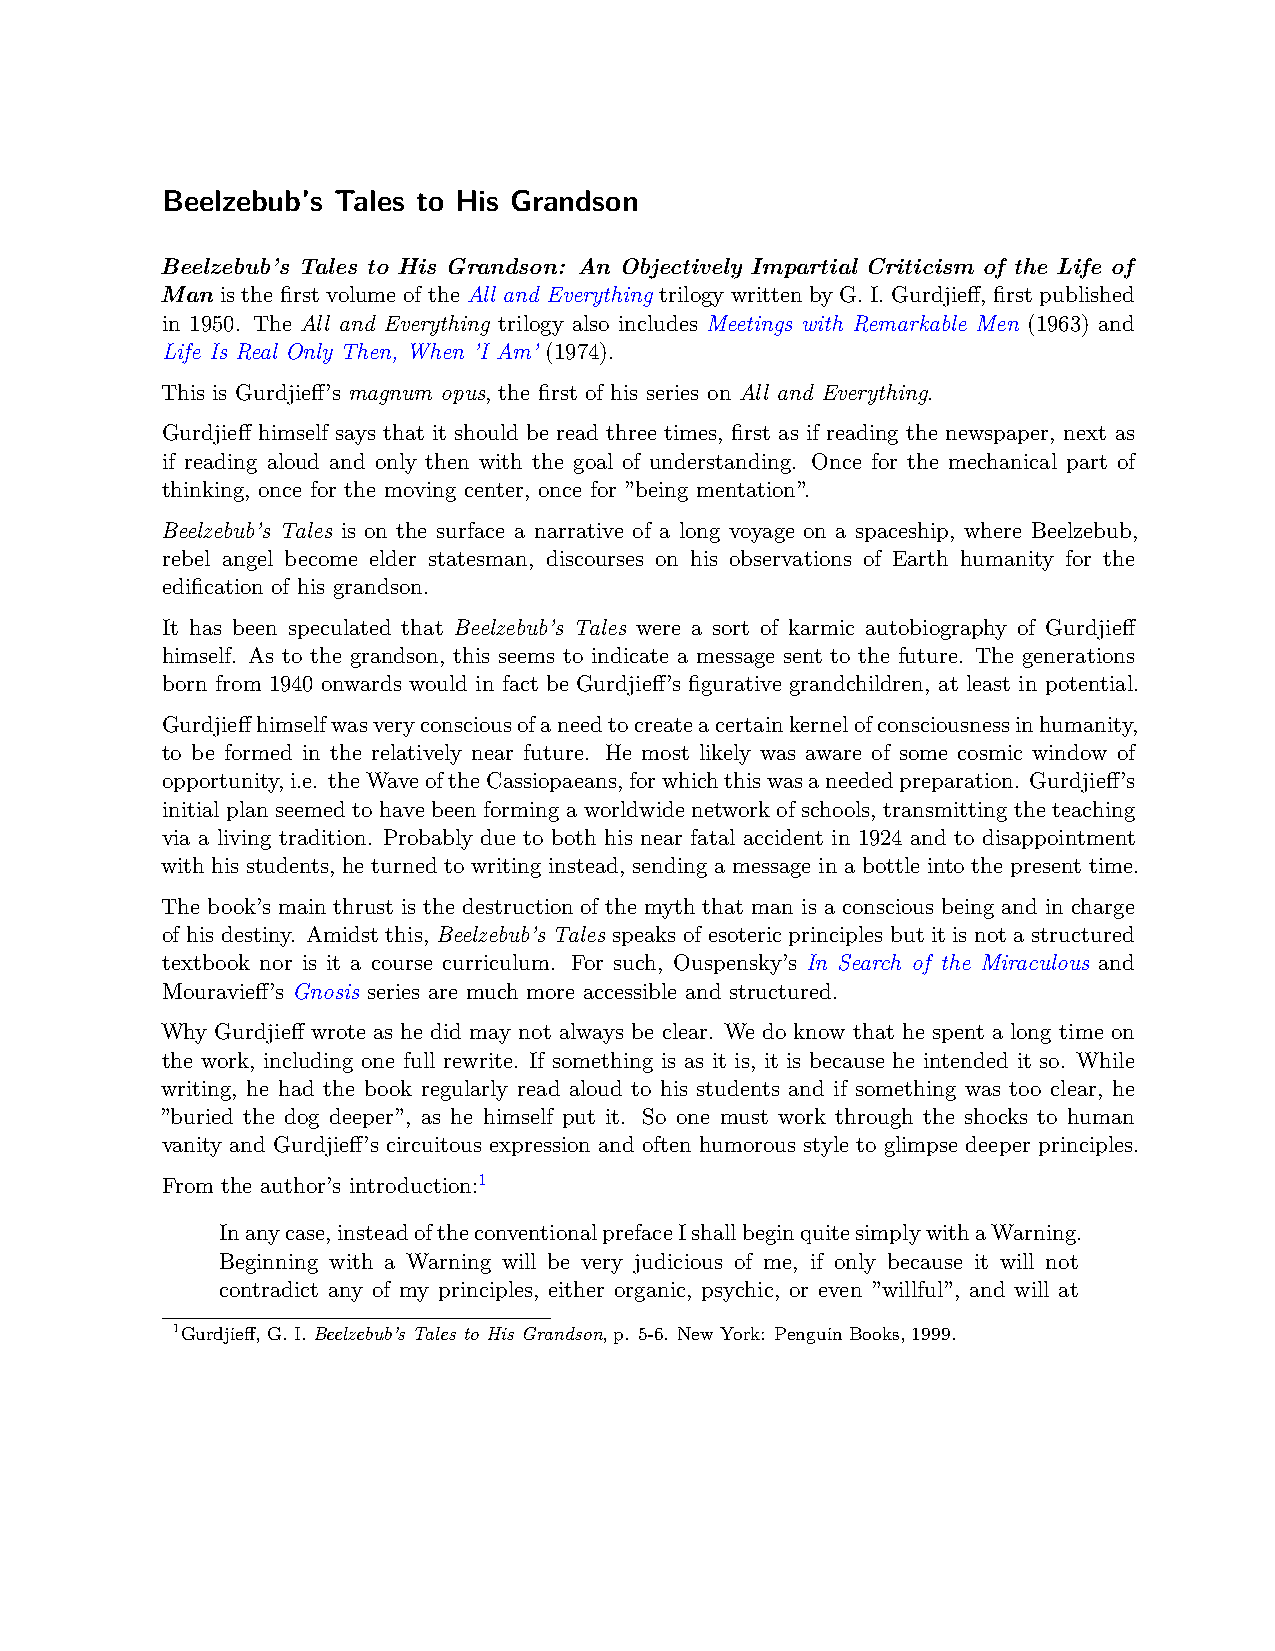
Beelzebub’s Tales to His Grandson
 Beelzebub’s Tales to His Grandson: An Objectively Impartial Criticism of the Life of
 Man is the first volume of the All and Everything trilogy written by G. I. Gurdjieff, first published
 in 1950. The All and Everything trilogy also includes Meetings with Remarkable Men (1963) and
 Life Is Real Only Then, When ’I Am’ (1974).
 This is Gurdjieff’s magnum opus, the first of his series on All and Everything.
 Gurdjieff himself says that it should be read three times, first as if reading the newspaper, next as
 if reading aloud and only then with the goal of understanding. Once for the mechanical part of
 thinking, once for the moving center, once for ”being mentation”.
 Beelzebub’s Tales is on the surface a narrative of a long voyage on a spaceship, where Beelzebub,
 rebel angel become elder statesman, discourses on his observations of Earth humanity for the
 edification of his grandson.
 It has been speculated that Beelzebub’s Tales were a sort of karmic autobiography of Gurdjieff
 himself. As to the grandson, this seems to indicate a message sent to the future. The generations
 born from 1940 onwards would in fact be Gurdjieff’s figurative grandchildren, at least in potential.
 Gurdjieffhimselfwasveryconsciousofaneedtocreateacertainkernelofconsciousnessinhumanity,
 to be formed in the relatively near future. He most likely was aware of some cosmic window of
 opportunity,i.e. theWaveoftheCassiopaeans,forwhichthiswasaneededpreparation. Gurdjieff’s
 initial plan seemed to have been forming a worldwide network of schools, transmitting the teaching
 via a living tradition. Probably due to both his near fatal accident in 1924 and to disappointment
 with his students, he turned to writing instead, sending a message in a bottle into the present time.
 The book’s main thrust is the destruction of the myth that man is a conscious being and in charge
 of his destiny. Amidst this, Beelzebub’s Tales speaks of esoteric principles but it is not a structured
 textbook nor is it a course curriculum. For such, Ouspensky’s In Search of the Miraculous and
 Mouravieff’s Gnosis series are much more accessible and structured.
 Why Gurdjieff wrote as he did may not always be clear. We do know that he spent a long time on
 the work, including one full rewrite. If something is as it is, it is because he intended it so. While
 writing, he had the book regularly read aloud to his students and if something was too clear, he
 ”buried the dog deeper”, as he himself put it. So one must work through the shocks to human
 vanity and Gurdjieff’s circuitous expression and often humorous style to glimpse deeper principles.
 From the author’s introduction:1
 Inanycase,insteadoftheconventionalprefaceIshallbeginquitesimplywithaWarning.
 Beginning with a Warning will be very judicious of me, if only because it will not
 contradict any of my principles, either organic, psychic, or even ”willful”, and will at
 1Gurdjieff, G. I. Beelzebub’s Tales to His Grandson, p. 5-6. New York: Penguin Books, 1999.